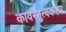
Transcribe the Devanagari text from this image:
कावस्तुत्वकरण